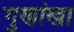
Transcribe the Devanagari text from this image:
गुणांखा